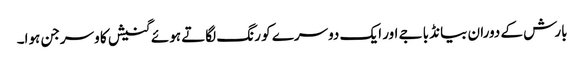
بارش کے دوران بیانڈ باجے اور ایک دوسرے کو رنگ لگاتے ہوئے گنیش کا وسرجن ہوا۔